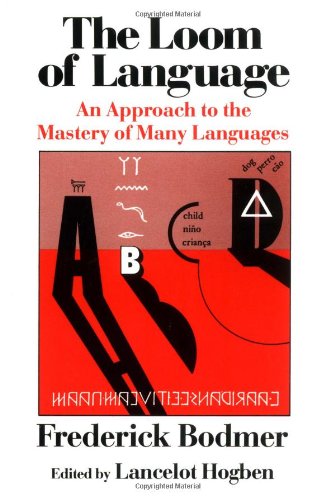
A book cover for The Loom of Language: An Approach to the Mastery of Many Languages; Frederick Bodmer; Reference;